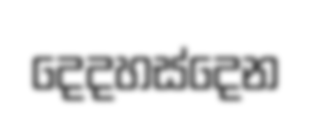
දෙදහස්දෙන